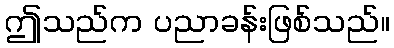
ဤသည်က ပညာခန်းဖြစ်သည်။